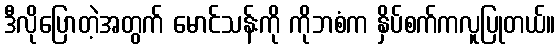
ဒီလိုပြောတဲ့အတွက် မောင်သန်းကို ကိုဘစံက နှိပ်စက်ကလူပြုတယ်။